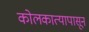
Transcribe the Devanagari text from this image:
कोलकात्यापासून